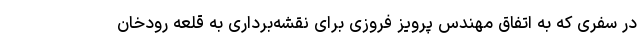
در سفری که به اتفاق مهندس پرویز فروزی برای نقشه‌برداری به قلعه رودخان